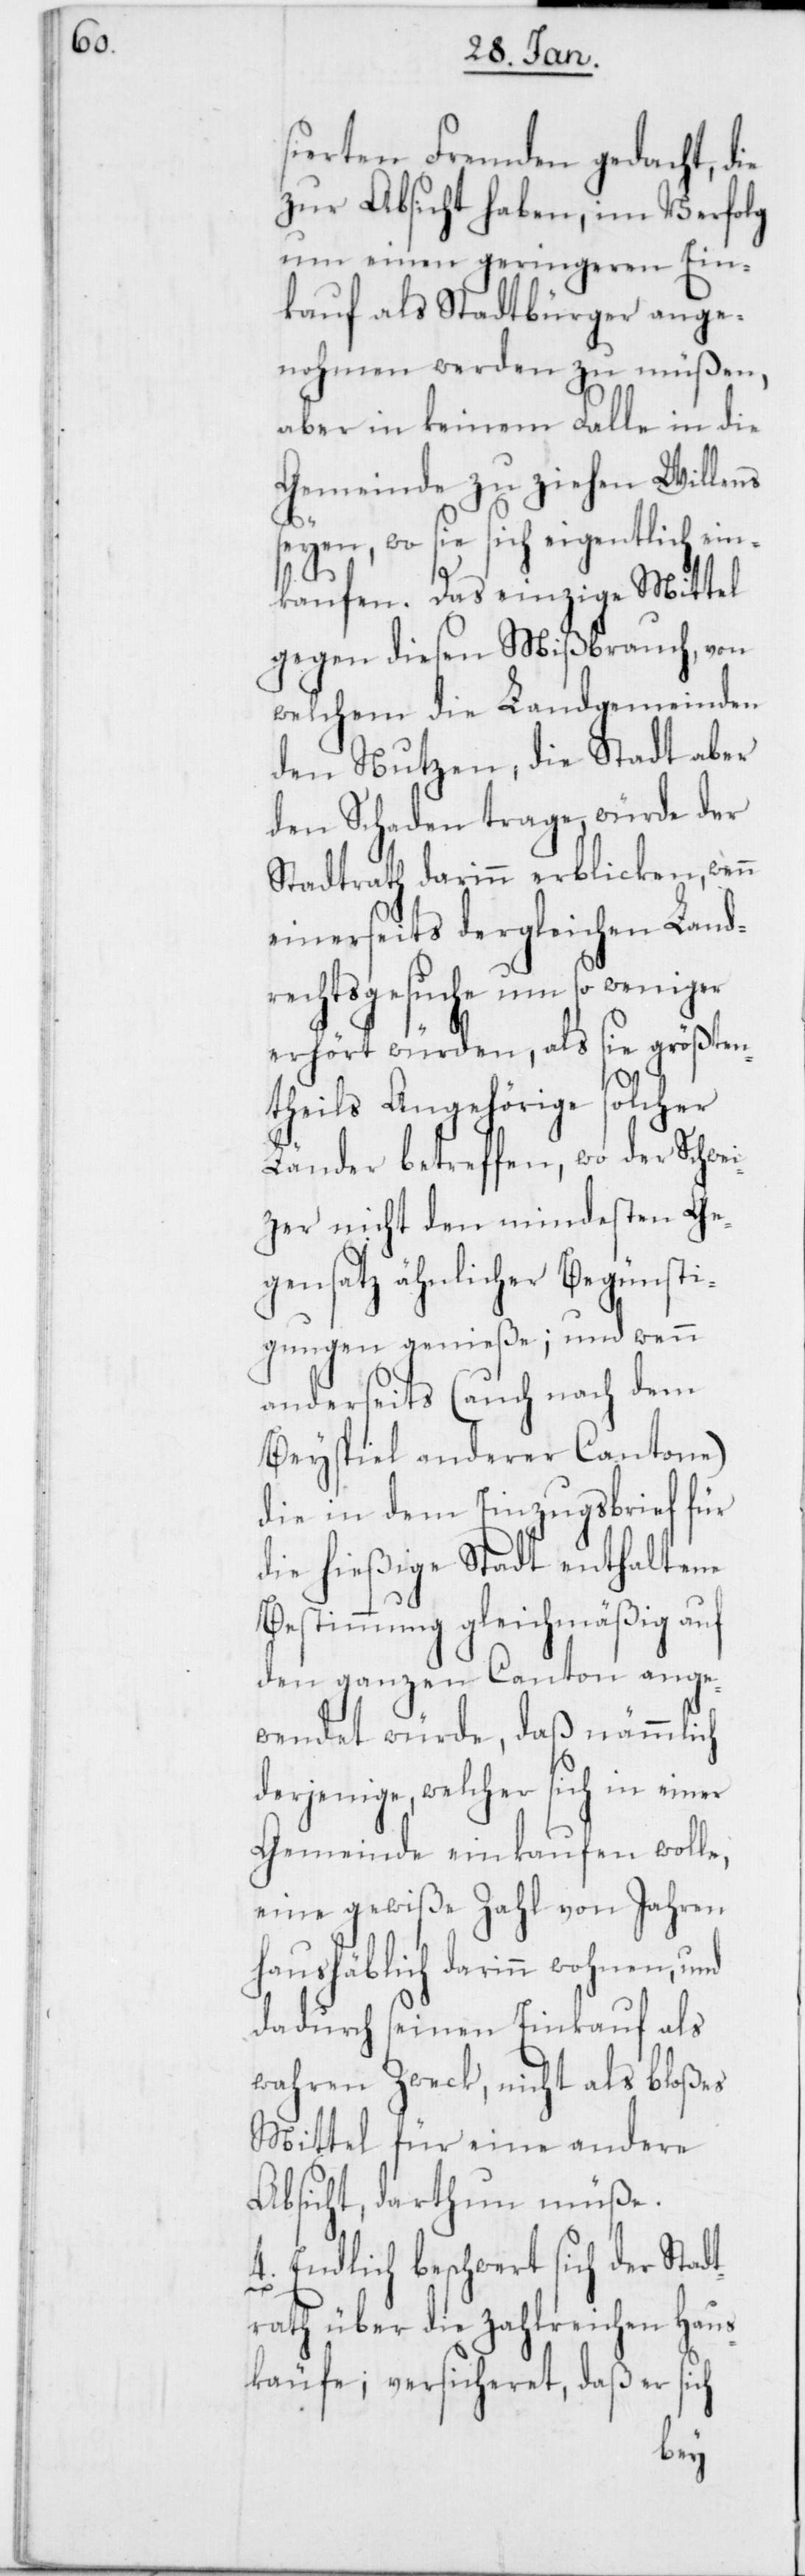
sierten Fremden gedacht, die
zur Absicht haben, im Verfolg
um einen geringeren Ein¬
kauf als Stadtbürger ange¬
nohmen werden zu müßen,
aber in keinem Falle in die
Gemeinde zu ziehen Willens
seyen , wo sie sich eigentlich ein¬
kaufen. Das einzige Mittel
gegen diesen Mißbrauch, von
welchem die Landgemeinden
den Nutzen, die Stadt aber
den Schaden trage, würde der
Stadtrath darinn erblicken, wenn
einerseits dergleichen Land¬
rechtsgesuche um so weniger
erhört würden, als sie größten¬
theils Angehörige solcher
Länder betreffen, wo der Schwe¬
izer nicht den mindesten Ge¬
gensatz ähnlicher Begünsti¬
gungen genieße; und wenn
anderseits (auch nach dem
Beyspiel anderer Cantone)
die in dem Einzugsbrief für
die hießige Stadt enthaltene
Bestimmung gleichmäßig auf
den ganzen Canton ange¬
wendet würde, daß nämmlich
derjenige, welcher sich in einer
Gemeinde einkaufen wolle,
eine gewiße Zahl von Jahren
haushäblich darinn wohnen, und
dadurch seinen Einkauf als
wahren Zweck, nicht als bloßes
Mittel für eine andere
Absicht, darthun müße.
4. Endlich beschwert sich der Stadt¬
rath über die zahlreichen Haus¬
käufe; versicheret, daß er sich